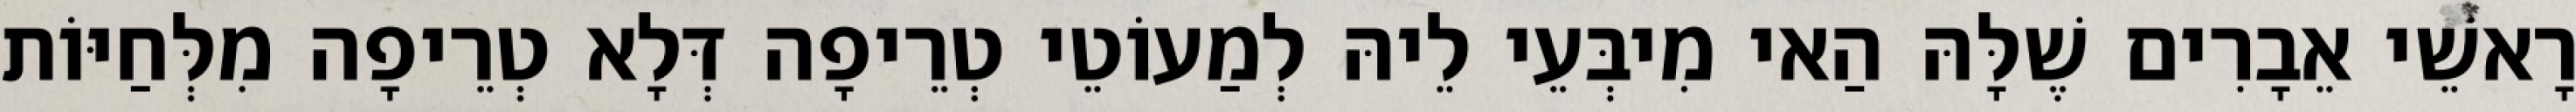
רָאשֵׁי אֵבָרִים שֶׁלָּהּ הַאי מִיבְּעֵי לֵיהּ לְמַעוֹטֵי טְרֵיפָה דְּלָא טְרֵיפָה מִלְּחַיּוֹת